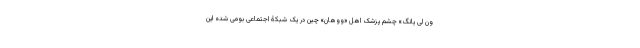
ون لی یانگ» چشم پزشک اهل «ووهان» چین در یک شبکۀ اجتماعی بومی شده این